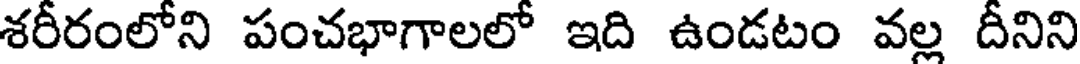
శరీరంలోని పంచభాగాలలో ఇది ఉండటం వల్ల దీనిని